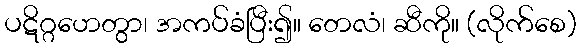
ပဋိဂ္ဂဟေတွာ၊ အကပ်ခံပြီး၍။ တေလံ၊ ဆီကို။ (လိုက်စေ)